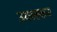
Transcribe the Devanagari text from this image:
उबलकर